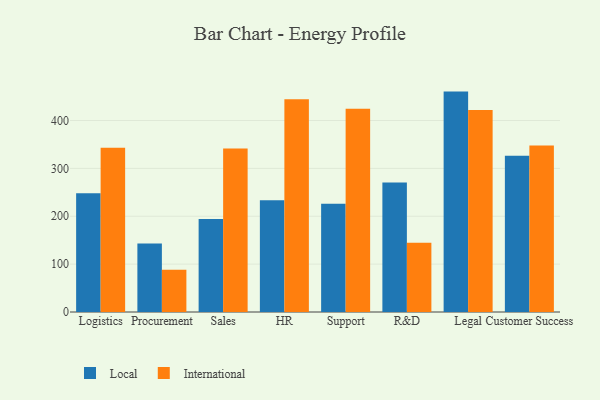
{"axis": {"x": "Department", "y": "Waste Production (Tons)"}, "legend": ["International", "Local"], "data": [{"x": "Logistics", "y": 248.1, "type": "Local"}, {"x": "Logistics", "y": 342.9, "type": "International"}, {"x": "Procurement", "y": 142.9, "type": "Local"}, {"x": "Procurement", "y": 88.1, "type": "International"}, {"x": "Sales", "y": 194.1, "type": "Local"}, {"x": "Sales", "y": 341.8, "type": "International"}, {"x": "HR", "y": 233.4, "type": "Local"}, {"x": "HR", "y": 444.5, "type": "International"}, {"x": "Support", "y": 226.2, "type": "Local"}, {"x": "Support", "y": 424.4, "type": "International"}, {"x": "R&D", "y": 270.7, "type": "Local"}, {"x": "R&D", "y": 144.6, "type": "International"}, {"x": "Legal", "y": 460.4, "type": "Local"}, {"x": "Legal", "y": 422.2, "type": "International"}, {"x": "Customer Success", "y": 326.4, "type": "Local"}, {"x": "Customer Success", "y": 347.9, "type": "International"}]}